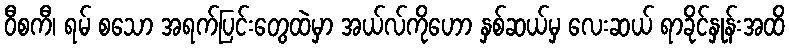
ဝီစကီ၊ ရမ် စသော အရက်ပြင်းတွေထဲမှာ အယ်လ်ကိုဟော နှစ်ဆယ်မှ လေးဆယ် ရာခိုင်နှုန်းအထိ